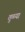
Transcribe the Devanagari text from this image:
तुळ्या